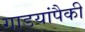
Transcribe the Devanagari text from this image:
गाडयांपैकी